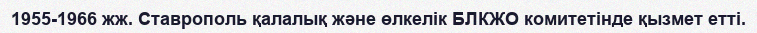
1955-1966 жж. Ставрополь қалалық және өлкелік БЛКЖО комитетінде қызмет етті.